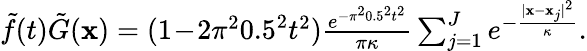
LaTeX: \begin{array}{r}{\tilde{f}(t)\tilde{G}(\mathbf x)=(1\! -\! 2\pi^{2}0.5^{2}t^{2}){\frac{e^{-\pi^{2}0.5^{2}t^{2}}}{\pi\kappa}}\sum_{j=1}^{J}e^{-{\frac{|\mathbf x-\mathbf x_{j}|^{2}}{\kappa}}}.}\end{array}